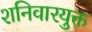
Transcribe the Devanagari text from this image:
शनिवारयुक्त